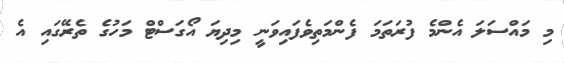
މި މައްސަލަ އެންމެ ފުރަތަމަ ފެންމަތިވެފައިވަނީ މިދިޔަ އޯގަސްޓް މަހުގެ ތެރޭގައި އެ